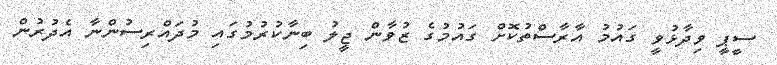
ސީޕީ ވިދާޅުވީ ގައުމު އާރާސްތުކޮށް ގައުމުގެ ޒުވާން ޖީލު ބިނާކުރުމުގައި މުދައްރިސުންނާ އެދުރުން